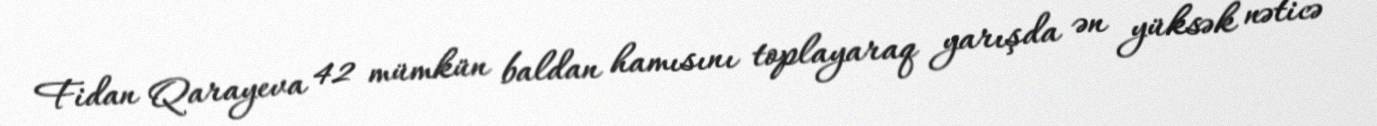
Fidan Qarayeva 42 mümkün baldan hamısını toplayaraq yarışda ən yüksək nəticə